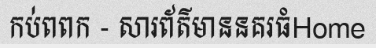
កប់ពពក - សារព័ត៌មាននគរធំHome